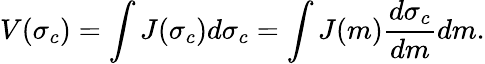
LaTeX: V(\sigma_{c})=\int J(\sigma_{c})d\sigma_{c}=\int J(m)\frac{d\sigma_{c}}{dm}dm.